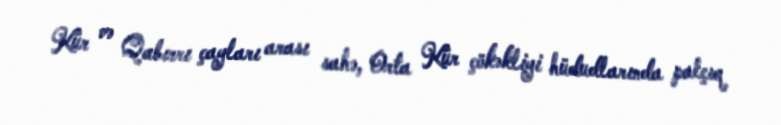
Kür və Qabırrı çayları arası sahə, Orta Kür çökəkliyi hüdudlarında palçıq